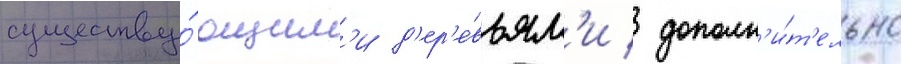
существу́ющим'и д'ер'е́вьям'и / дополн'и́т'ельно